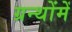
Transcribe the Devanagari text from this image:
ग्रन्थोंमें